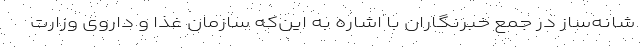
شانه‌ساز در جمع خبرنگاران با اشاره به این‌‌که سازمان غذا و داروی وزارت